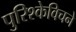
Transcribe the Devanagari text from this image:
पुरिश्केविचने